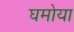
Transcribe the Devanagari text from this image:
घमोया